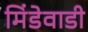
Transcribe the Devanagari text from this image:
मिंडेवाडी